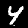
Label: 4